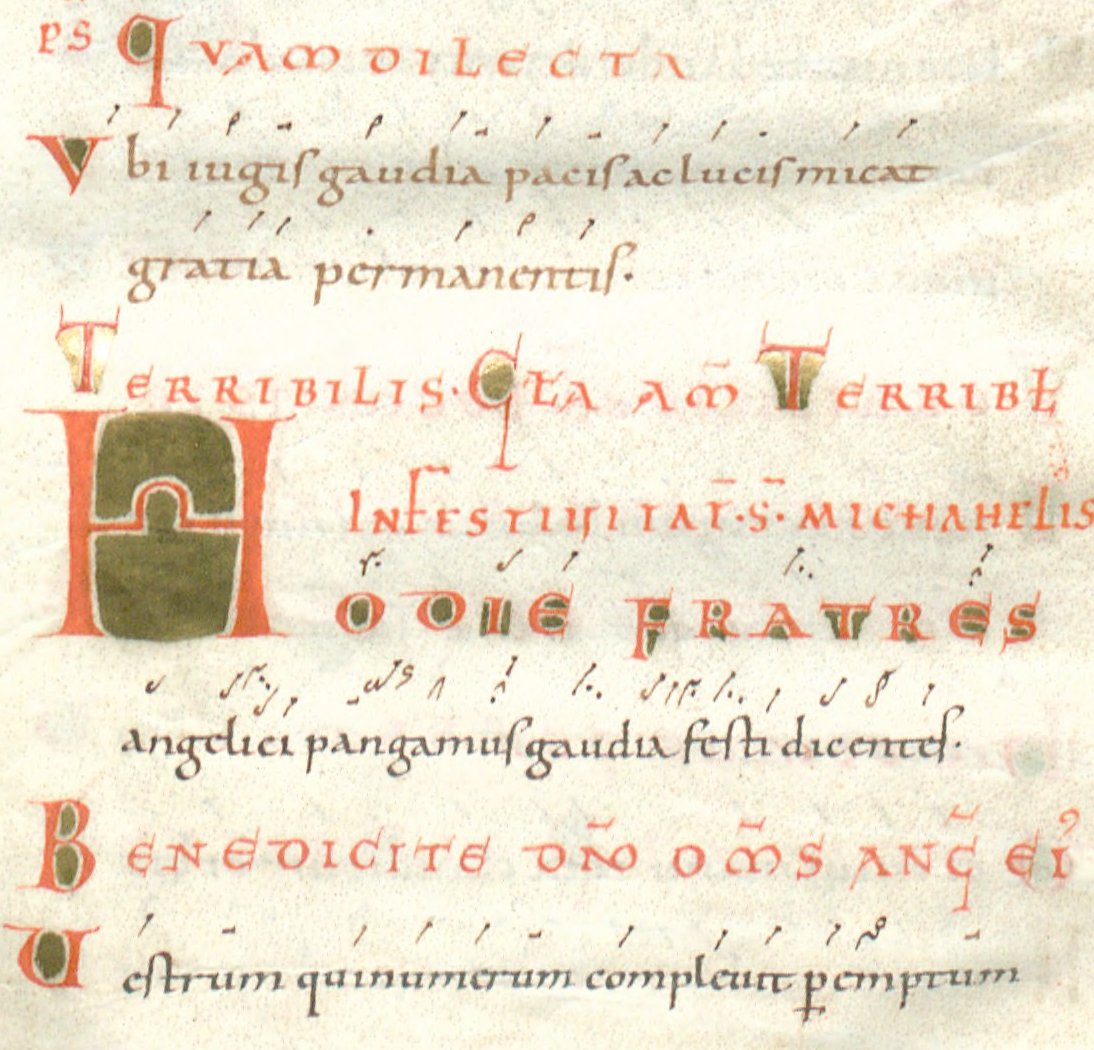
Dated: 1024–1027